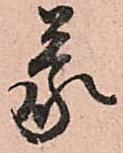
蒙